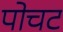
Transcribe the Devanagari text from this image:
पोचट